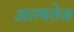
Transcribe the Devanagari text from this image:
आत्मतेज